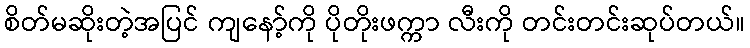
စိတ်မဆိုးတဲ့အပြင် ကျနော့်ကို ပိုတိုးဖက္ကာ လီးကို တင်းတင်းဆုပ်တယ်။